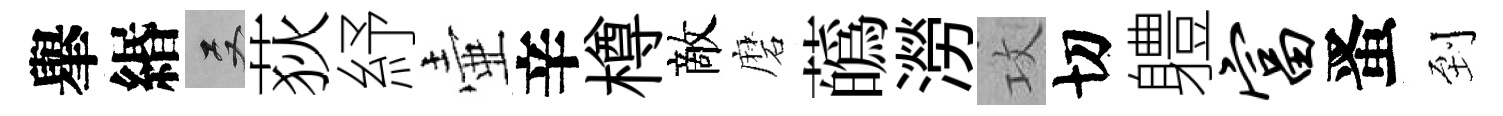
𦦙緡双荻紓壷辛樽敵磨蘤澇攻切軆富󱉠到